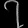
Digit: ၇